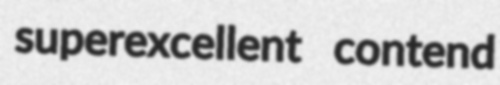
superexcellent contend